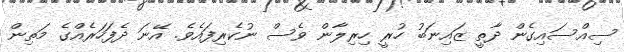
ސިއްސައިގެން ދާތީ ޒައިނަބު ހުރީ ހިރިލާން ވެސް ނުކެރިފައެވެ. އޭނަ ދެފަހަރެއްގެ މަތިން